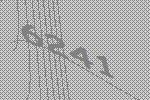
6241